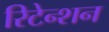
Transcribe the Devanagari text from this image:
रिटेन्शन